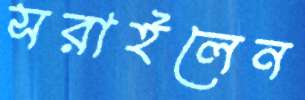
সরাইলেন